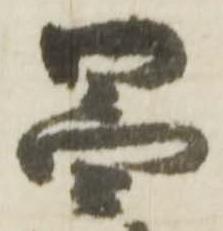
昌